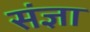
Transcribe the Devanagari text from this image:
संंज्ञा